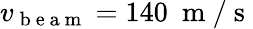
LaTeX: v_{\mathrm{~b~e~a~m~}}=140~\mathrm{~m~/~s~}